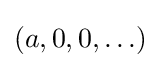
(a,0,0,\ldots )